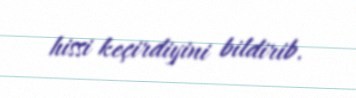
hissi keçirdiyini bildirib.